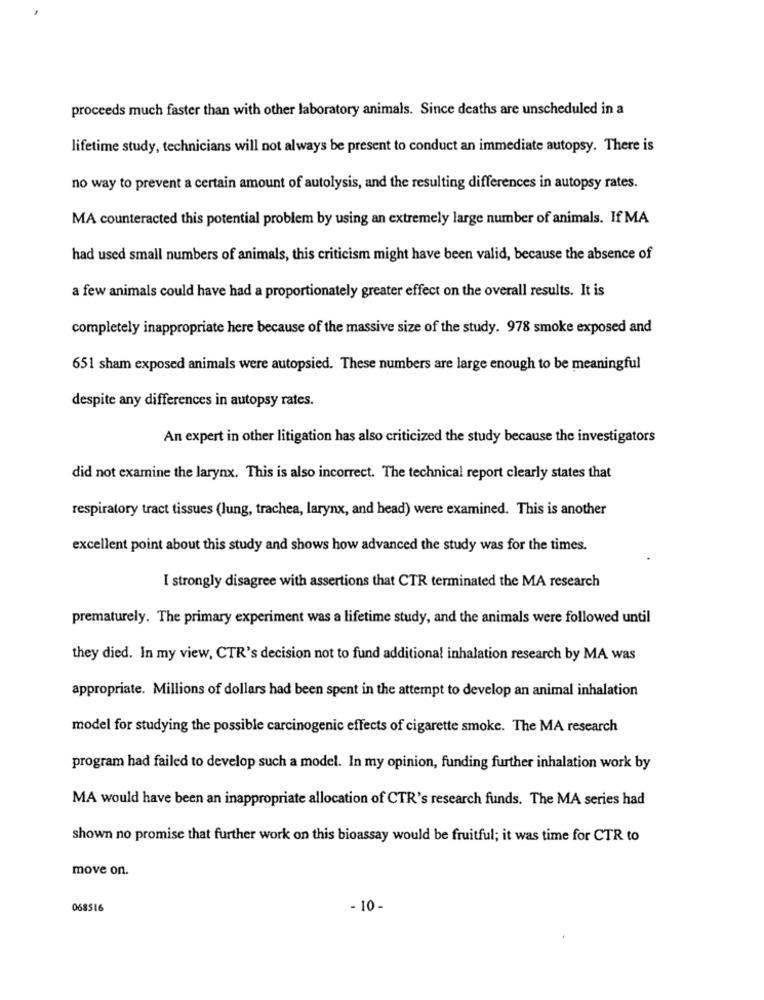
proceeds much faster than with other laboratory animals. Since deaths are unscheduled in a
lifetime study, technicians will not always be present to conduct an immediate autopsy. There is
no way to prevent a certain amount of autolysis, and the resulting differences in autopsy rates.
MA counteracted this potential problem by using an extremely large number of animals. If MA
had used small numbers of animals, this criticism might have been valid, because the absence of
a few animals could have had a proportionately greater effect on the overall results. It is
completely inappropriate here because of the massive size of the study. 978 smoke exposed and
651 sham exposed animals were autopsied. These numbers are large enough to be meaningful
despite any differences in autopsy rates.
An expert in other litigation has also criticized the study because the investigators
did not examine the larynx. This is also incorrect. The technical report clearly states that
respiratory tract tissues (lung, trachea, larynx, and head) were examined. This is another
excellent point about this study and shows how advanced the study was for the times.
I strongly disagree with assertions that CTR terminated the MA research
prematurely. The primary experiment was a lifetime study, and the animals were followed until
they died. In my view, CTR's decision not to fund additional inhalation research by MA was
appropriate. Millions of dollars had been spent in the attempt to develop an animal inhalation
model for studying the possible carcinogenic effects of cigarette smoke. The MA research
program had failed to develop such a model. In my opinion, funding further inhalation work by
MA would have been an inappropriate allocation of CTR's research funds. The MA series had
shown no promise that further work on this bioassay would be fruitful; it was time for CTR to
move on.
068516
- 10 -